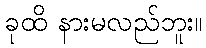
ခုထိ နားမလည်ဘူး။